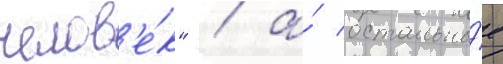
челов'е́к" / а́ остальны́е